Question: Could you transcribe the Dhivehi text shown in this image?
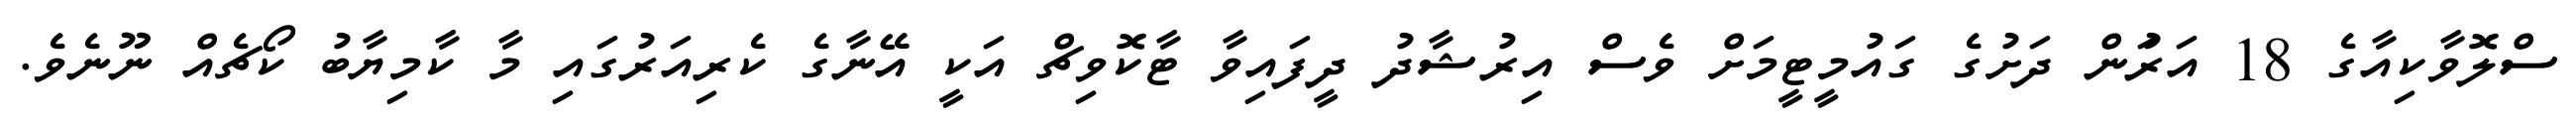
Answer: ސްލޮވާކިއާގެ 18 އަރަުން ދަށުގެ ގައުމީޓީމަށް ވެސް އިރުޝާދު ދީފައިވާ ޓާކޮވިޗް އަކީ އޭނާގެ ކެރިއަރުގައި މާ ކާމިޔާބު ކޯޗެއް ނޫނެވެ.